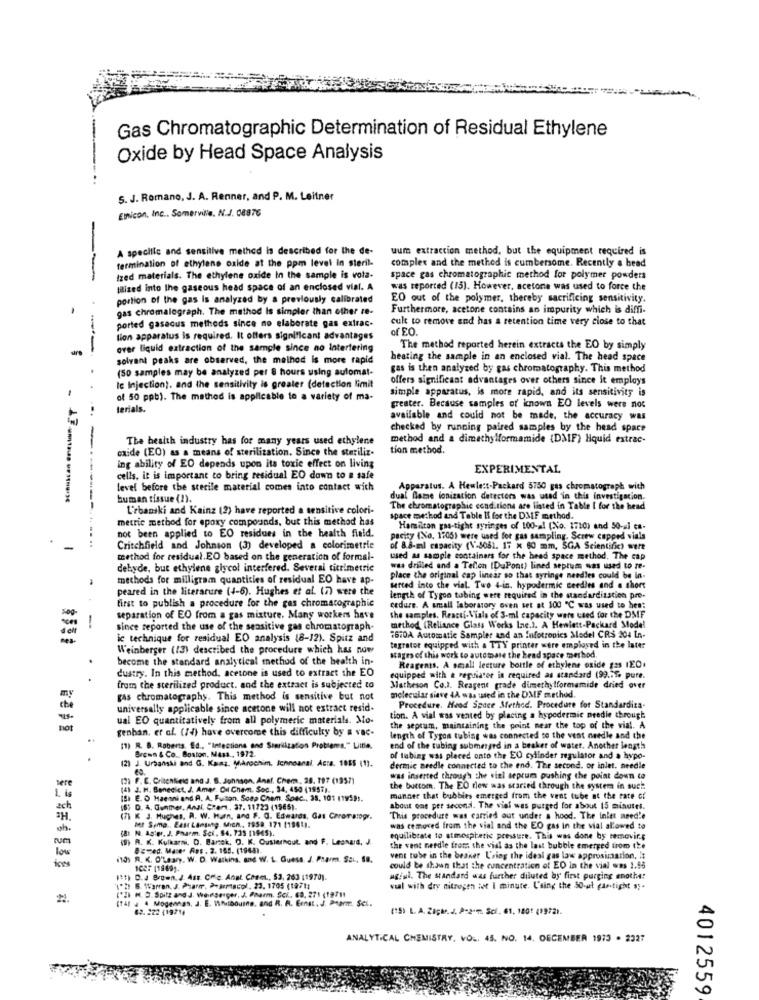
Gas Chromatographic Determination of Residual Ethylene
Oxide by Head Space Analysis
S. J. Romano, J. A. Renner, and P. M. Leitner
Elicon, Inc ., Somerville, N.J. 08876
A specific and sensitive method is described for the de-
uum extraction method, but the equipment required is
fermination of ethylene oxide at the ppm level In steril-
comaplex and the method is cumbersome. Recently a head
--
Ized materials. The ethylene oxide In the sample is vota-
space gas chromatographic method for polymer powders
Mized into the gaseous head space of an enclosed vial. A
was reported (15). However, acetone was used to force the
portion of the gas Is analyzed by a previously calibrated
EO out of the polymer, thereby sacrificing sensitivity.
gas chromalograph. The method Is simpler than other te-
Furthermore, acetone contains an impurity which is diffi-
cult to remove and has a retention time very close to that
-
ported gaseous methods since no elaborate gas extrac.
of EO.
lion apparatus is required. It offers significant advantages
over liquid extraction of the sample since no latertering
The method reported herein extracts the EO by simply
solvant peaks are observed, the method is more rapid
heating the sample in an enclosed vial. The head space
(50 samples may be analyzed per 8 hours using automat-
gas is then analysed by gas chromatography. This method
offers significant advantages over others since it employs
Ic Injection). and the sensitivity is greater (detection limit
simple apparatus, is more rapid, and its sensitivity is
of 50 ppb). The method is applicable to a variety of ma-
terials.
greater. Because samples of known EO levels were not
available and could not be made, the accuracy was
checked by running paired samples by the head space
The health industry has for many years used ethylene
method and a dimethylformamide (DMIF) liquid extrac-
oxide (EO) as a means of sterilization. Since the steriliz.
tion method.
ing ability of EO depends upon its toxic effect on living
EXPERIMENTAL
cells, it is important to bring residual EO down to a safe
level before the sterile material comes into contact wich
Apparatus. A Hewlett-Packard 5750 gas chromatograph with
human tissue (2).
dual Game ionization detectors was used in this investigacion.
Urbanski and Kainz (2) have reported a sensitive colori-
The chromatographic cond.tions are listed in Table [ for the head
metric method for epoxy compounds, but this method has
space method and Table Ii for the DMF method.
Hamilton gas-tight syringes of 100-al (No. 1710) and 50-a] ca-
not been applied to EO residues in the health field.
pacity (No, 1705) were used for gas sampling. Screw capped vials
Critchfield and Johnson (3) developed a colorimetric
of 8.8-ml capacity (V-5081. 17 x 60 mm, SGA Scientific) were
method for residual.EO based on the generation of formal-
used as sample containers for the head space method. The cap
dehyde, but ethylene giycol interfered. Several ticrimetric
was drilled and a Tellen [DuPont) lined septum was used to re-
methods for milligram quantities of residual EO have ap-
place the original cap linear so that syringe needles could be in-
peared in the literature (4-6). Hughes et al. (7) were the
surted into the vial. Two 4-in. hypodermic seedles and a short
first to publish a procedure for the gas chromatographic
length of Tygon tubing were required in the mandardization pre-
cedure. A small laboratory oven set at 100 ℃ was used to hes:
sog-
separation of EO from a gas mixture. Many workers have
the samples. Reacti-Vials of 3-ml capacity were used for the DMF
method (Reliance Glass Works Inc.). A Hewlett-Packard Model
-
since reported the use of the sensitive gas chromatograph-
ic technique for residual EO analysis (8-12). Spirz and
#670A Automatic Sampler and an Infotropics Model CR$ 204 In-
Weinberger (13) described the procedure which has now
tegrator equipped with a TTY printer were employed in the later
become the standard analytical method of the health in-
stages of this work to automate the head space merhod.
dustry. In this method. acetone is used to extract the EO
Reagents, A small lecture bottle of ethylene oxide g2s 1EO.
equipped with a reptiater in required as standard (99.55, pure.
from the sterilized product. and the extract is subjected to
Matheson Co.I. Reagent grade dimethylformamide dried over
my
gas chromatography. This method is sensitive but not
molecular sieve 4A was used in the DMF method.
che
universally applicable since acetone will not extract resid.
Procedure. Head Space Method. Procedure for Standardiza-
-
ual EO quantitatively from all polymeric materials. Mo-
tion. A vial was vented by placing a hypodermic predie through
not
genban, et al. (74) have overcome this difficulty by a vac-
the septum, maintaining the point near the top of the vial. A
length of Tygon tubing was connected to the vent needle and the
(1) R. B. Roberts. Ed ., "Infections and Simrilization Problems." Lite.
end of the tubing submerged in a beaker of water. Another lengths
.
(2) J. Urbansal and G. Kans. Mikrochim, Ichnoanal. Acta. 1055 (1).
Brenn & Co. Boston, Mast ., 1972.
of tubing was placed onto the EO cylinder regulator and a hypo-
dermie aredle connected to the end. The second. or inlet. needle
(2) F. C. Critchfield and J. B. Johnson, Anal, Chem, 28. 197 (19571
was inserted through che viel septum pushing the point down to
sere
(4) J. H. Benedict, J. Amer. Dul Chem. Soc ., 34, 450 (1957).
the buttom. The EO rew was started through the system in such
1. is
(S. E. O Haemni and A. A. Fuitan. Soap Chem. Sosc ., 35, 101 119595.
manner that bubbles emerged from the vent tube at the rate of
ach
16: D. A. Gunter, Anal. Chers, 37, 11723 (1965).
about one per second. The viel was purged for about 15 minutes.
SH.
(7) K J. Hughes, R. W. Hurn, and F. G. Edwards, Gas Carorarogr.
This procedure was carried out under a hood. The inlet need'e
h.
[8: N. Ap:er. J. Pharm. Sci, 86, 735 (1965).
Bet Semp .. East Lansmtg. Mich ., 1958. 171 11961).
was removed from the viel and the EO gas in the vial allowed 10
(9) A. K. Kulkarni, D. Barzek, O. K. Ousternout, and F. Leonard, J.
equilibrate to atmospheric pressure. This was done by removing
@ cmed. Mase. Res. 2. 165. (1944).
the vent needle from the vial as the last bubble emerged from the
low
(10) R. K. O'Leary. W. D. Watkins, and W. L. Guess, J. Pharm. Sai ., S8.
vent tobe in the beaker L'ring the ideal gas law approsimation, it
could be shown that the concentration of ED in the vial was 1.55
Itt) D.J Brown. J. Ass. Offic. Anal. Cosm ., 53, 263 [1970).
ugiul. The standard was further diluted by first purging enothe:
"'h 6. Warren. J. Pharm, Pharmacol. 23. 1705 (19711
vaal with dry nitrogen iot I minute. L'sing the 30-ut gas.tight s ;.
tat J 4 Mogennas, J. E. WNibourne. and R. A. Ernst. J. Pharm :. Sci.
Il M. S. Spitz and J. Werserger, J. Pharm. Sci .. 60, 271 (19711
62. 222 419714
(15) L. A. Za;t. J. P-2-m. Sci. 61, 1801 (1972).
ANALYTICAL CHEMISTRY, VOL. 45. NO. 14. DECEMBER 1973 . 2327
4012559